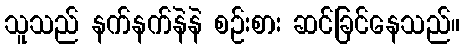
သူသည် နက်နက်နဲနဲ စဉ်းစား ဆင်ခြင်နေသည်။